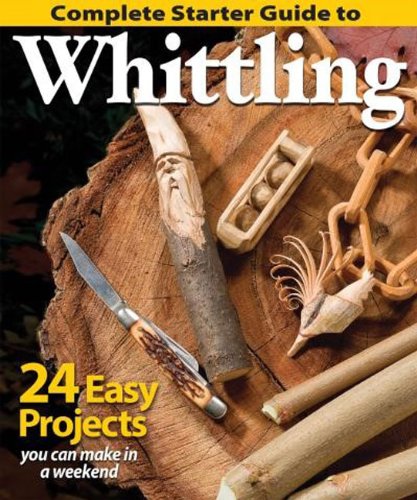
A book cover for Complete Starter Guide to Whittling: 24 Easy Projects You Can Make in a Weekend (Best of Woodcarving); Editors of Woodcarving Illustrated; Crafts, Hobbies & Home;